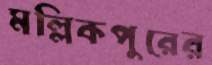
মল্লিকপুরের